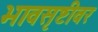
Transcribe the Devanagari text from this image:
भावसृष्टीवर